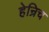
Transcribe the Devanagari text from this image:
हेन्रिच